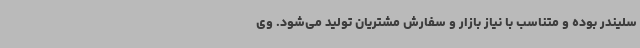
سلیندر بوده و متناسب با نیاز بازار و سفارش مشتریان تولید می‌شود. وی